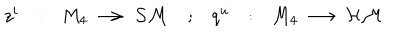
\begin{array} { c c c c c c c } { { z ^ { i } } } & { { : } } & { { M _ { 4 } \, \longrightarrow \, { \cal S M } } } & { { ; } } & { { q ^ { u } } } & { { : } } & { { M _ { 4 } \, \longrightarrow \, { \cal H M } } } \\ \end{array}